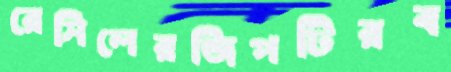
রেসিলেরজিপটিরব